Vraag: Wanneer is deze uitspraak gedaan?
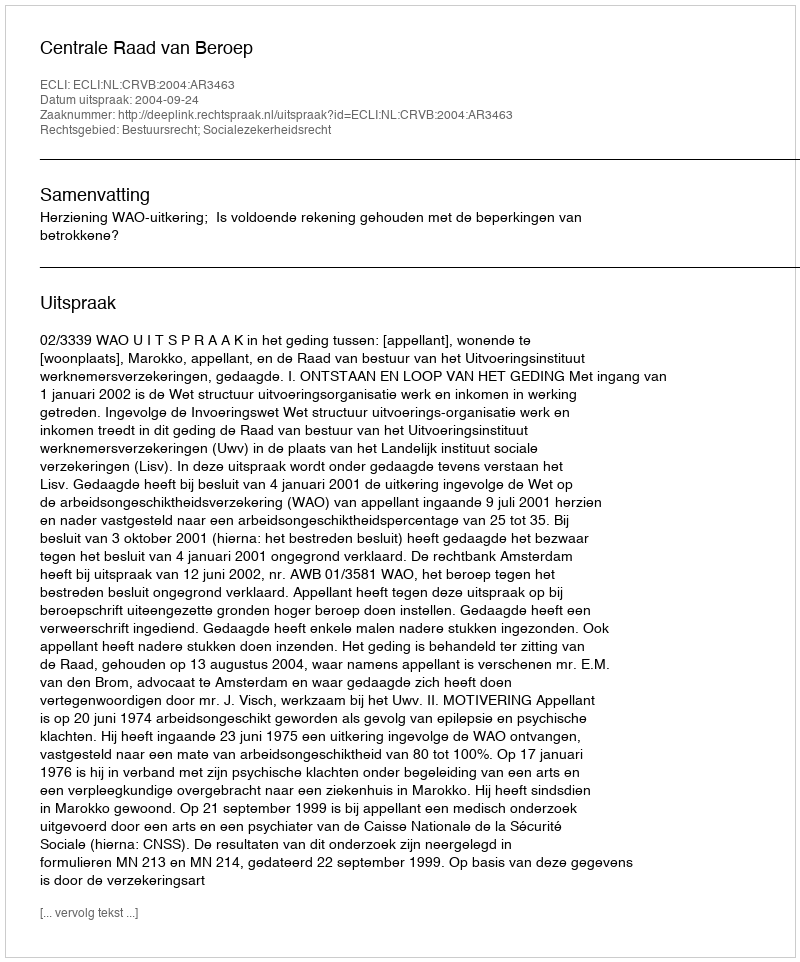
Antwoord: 2004-09-24